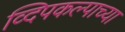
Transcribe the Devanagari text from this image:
व्दिपकल्पाच्या